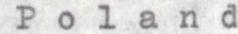
Poland